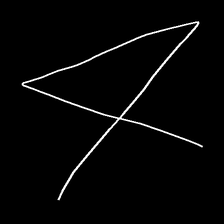
Glyph: collection